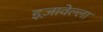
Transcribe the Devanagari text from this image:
इज़ावेल्ला